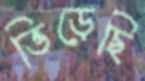
ভিড়েছি